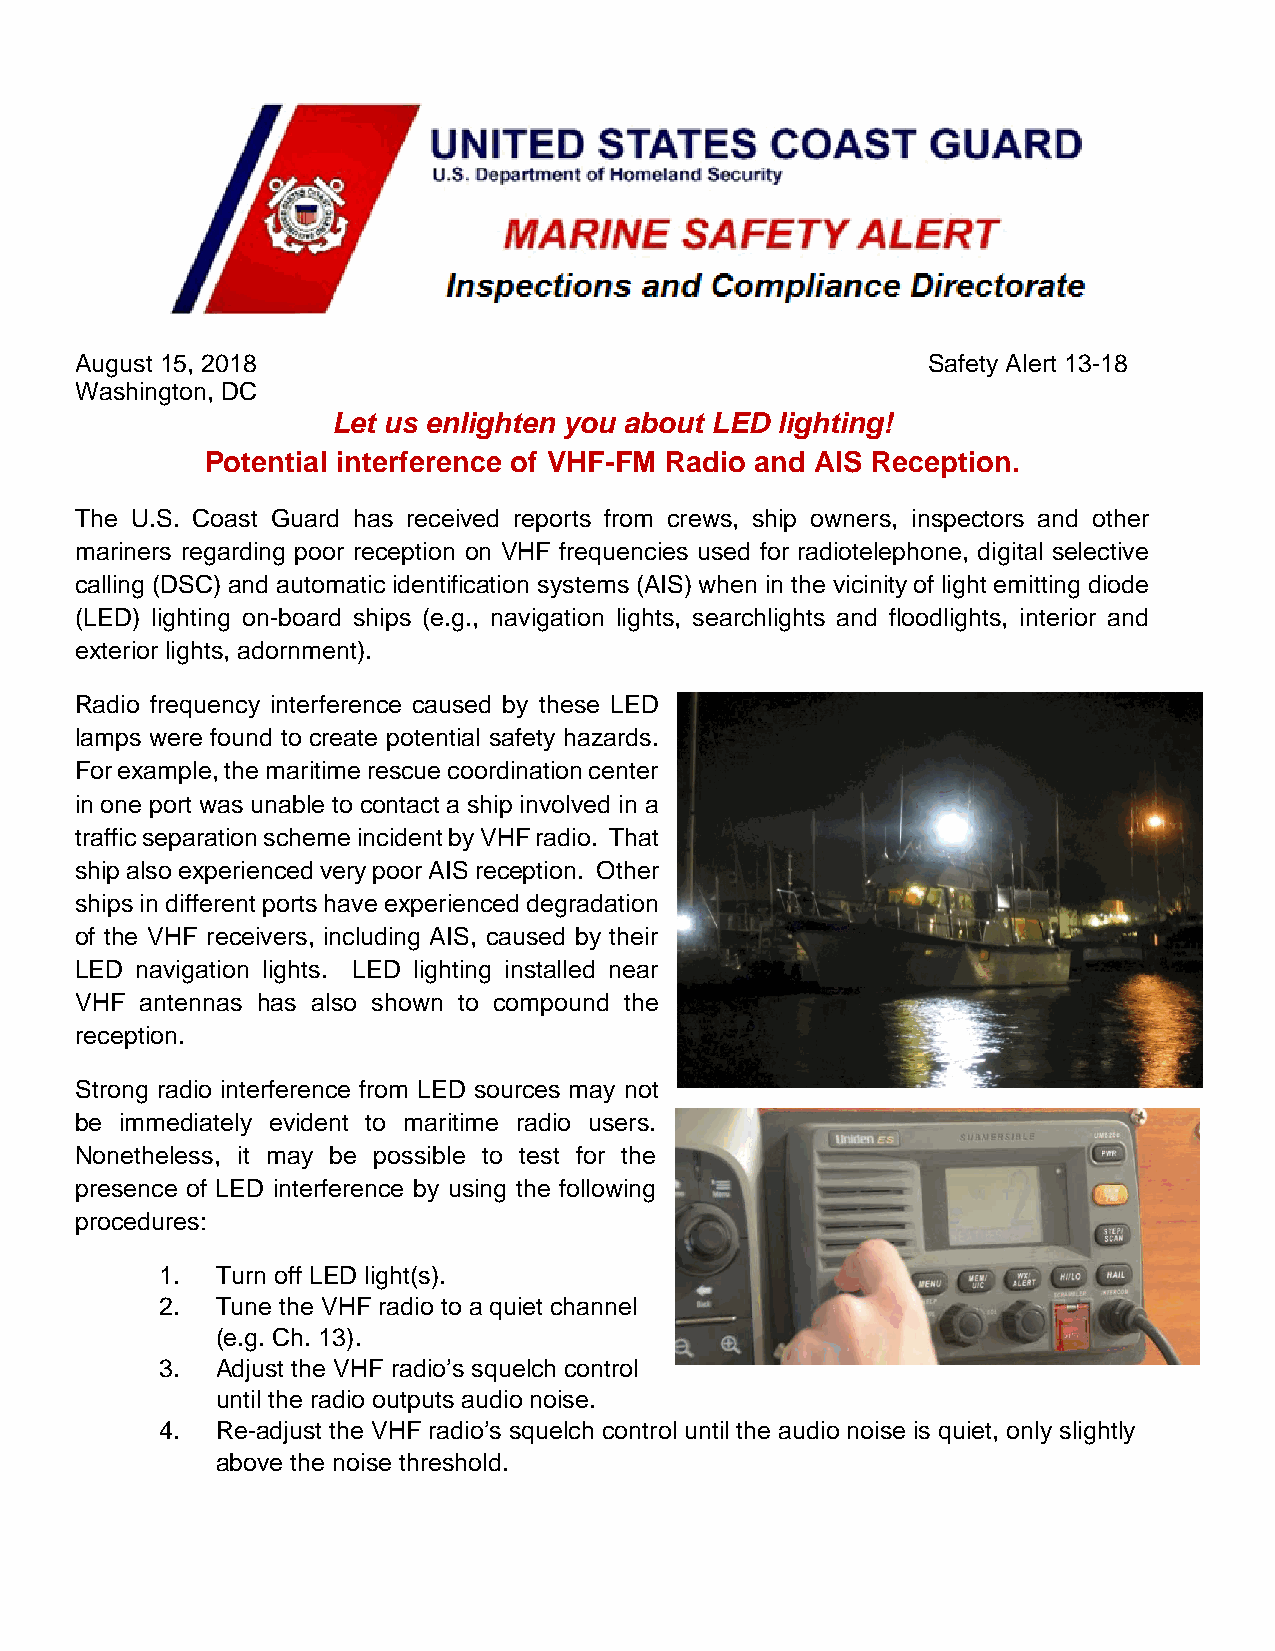
August 15, 2018                                         Safety Alert 13-18
 Washington, DC
 Let us enlighten you about LED lighting!
 Potential interference of VHF-FM Radio and AIS Reception.
 The U.S. Coast Guard has received reports from crews, ship owners, inspectors and other
 mariners regarding poor reception on VHF frequencies used for radiotelephone, digital selective
 calling (DSC) and automatic identification systems (AIS) when in the vicinity of light emitting diode
 (LED) lighting on-board ships (e.g., navigation lights, searchlights and floodlights, interior and
 exterior lights, adornment).
 Radio frequency interference caused by these LED
 lamps were found to create potential safety hazards.
 For example, the maritime rescue coordination center
 in one port was unable to contact a ship involved in a
 traffic separation scheme incident by VHF radio. That
 ship also experienced very poor AIS reception. Other
 ships in different ports have experienced degradation
 of the VHF receivers, including AIS, caused by their
 LED navigation lights. LED lighting installed near
 VHF antennas has also shown to compound the
 reception.
 Strong radio interference from LED sources may not
 be immediately evident to maritime radio users.
 Nonetheless, it may be possible to test for the
 presence of LED interference by using the following
 procedures:
 1. Turn off LED light(s).
 2. Tune the VHF radio to a quiet channel
 (e.g. Ch. 13).
 3. Adjust the VHF radio’s squelch control
 until the radio outputs audio noise.
 4. Re-adjust the VHF radio’s squelch control until the audio noise is quiet, only slightly
 above the noise threshold.